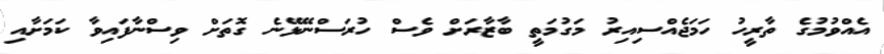
އެއްވުމުގެ ތާރީހު ހަމަޖެއްސިއިރު މަގުމަތީ ބާޒާރަށް ވެސް ހުރަސްނޭޅޭނެ ގޮތަށް ވިސްނާފައިވާ ކަމަށާއި